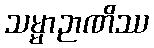
သမ္မာဉာဏိဿ